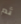
ثم